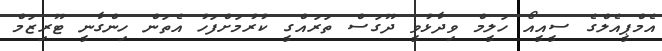
އެމްޕީއެލްގެ ސީއީއޯ ހަލީމް ވިދާޅުވީ ދޫގަސް ތަރައްގީ ކުރުމަށްފަހު އެތަން ހިންގާނީ ޓޫރިޒަމް